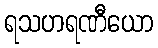
ရသဟရဏီယော